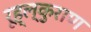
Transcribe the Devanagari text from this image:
रूह्ल्कुराण